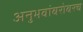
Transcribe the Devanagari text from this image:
अनुभवांबरोबरच